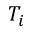
T _ { i }